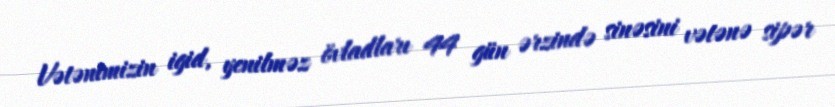
Vətənimizin igid, yenilməz övladları 44 gün ərzində sinəsini vətənə sipər